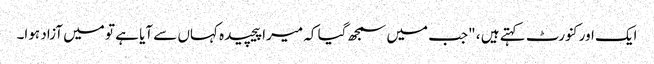
ایک اور کنورٹ کہتے ہیں ، "جب میں سمجھ گیا کہ میرا پیچیدہ کہاں سے آیا ہے تو میں آزاد ہوا۔